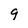
Character: 9